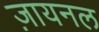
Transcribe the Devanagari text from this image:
ज़ायनल